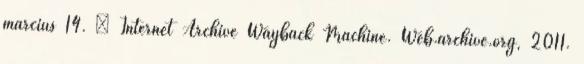
március 14. ↑ Internet Archive Wayback Machine. Web.archive.org, 2011.